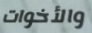
والأخوات